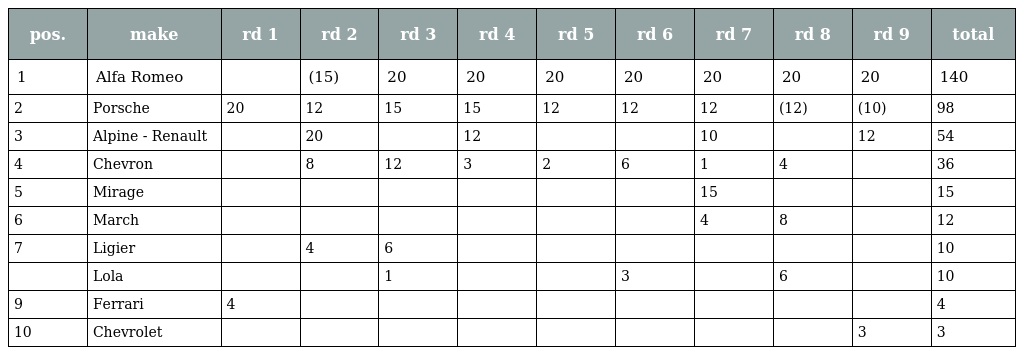
| pos. | make | rd 1 | rd 2 | rd 3 | rd 4 | rd 5 | rd 6 | rd 7 | rd 8 | rd 9 | total |
 | --- | --- | --- | --- | --- | --- | --- | --- | --- | --- | --- | --- |
 | 1 | Alfa Romeo |  | (15) | 20 | 20 | 20 | 20 | 20 | 20 | 20 | 140 |
 | 2 | Porsche | 20 | 12 | 15 | 15 | 12 | 12 | 12 | (12) | (10) | 98 |
 | 3 | Alpine - Renault |  | 20 |  | 12 |  |  | 10 |  | 12 | 54 |
 | 4 | Chevron |  | 8 | 12 | 3 | 2 | 6 | 1 | 4 |  | 36 |
 | 5 | Mirage |  |  |  |  |  |  | 15 |  |  | 15 |
 | 6 | March |  |  |  |  |  |  | 4 | 8 |  | 12 |
 | 7 | Ligier |  | 4 | 6 |  |  |  |  |  |  | 10 |
 |  | Lola |  |  | 1 |  |  | 3 |  | 6 |  | 10 |
 | 9 | Ferrari | 4 |  |  |  |  |  |  |  |  | 4 |
 | 10 | Chevrolet |  |  |  |  |  |  |  |  | 3 | 3 |